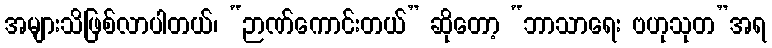
အများသိဖြစ်လာပါတယ်၊ “ဉာဏ်ကောင်းတယ်” ဆိုတော့ “ဘာသာရေး ဗဟုသုတ”အရ